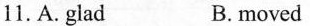
11.A.glad B.moved